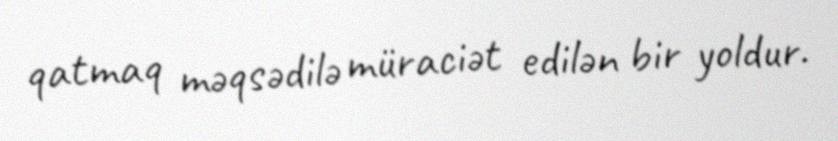
qatmaq məqsədilə müraciət edilən bir yoldur.